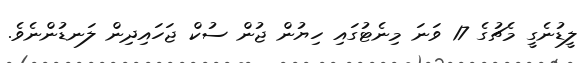
ލީޑުނެގީ މެޗުގެ 17 ވަނަ މިނެޓުގައި ހިޔުން ޖުން ސުކް ޖަހައިދިން ލަނޑުންނެވެ.